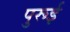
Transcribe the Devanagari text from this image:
पुरूई